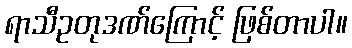
ရာသီဥတုဒဏ်ကြောင့် ဖြစ်တာပါ။